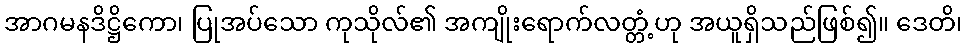
အာဂမနဒိဋ္ဌိကော၊ ပြုအပ်သော ကုသိုလ်၏ အကျိုးရောက်လတ္တံ့ဟု အယူရှိသည်ဖြစ်၍။ ဒေတိ၊